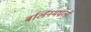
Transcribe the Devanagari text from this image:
बर्लिनमधली